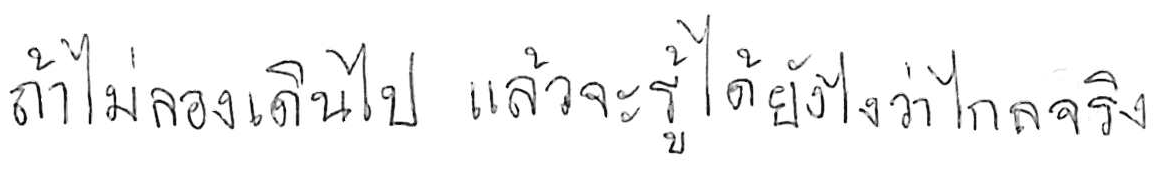
ถ้าไม่ลองเดินไป แล้วจะรู้ได้ยังไงว่าไกลจริง